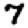
Digit: 7